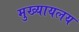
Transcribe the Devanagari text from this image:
मुख्यायलय